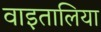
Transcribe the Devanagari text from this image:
वाइतालिया